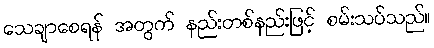
သေချာစေရန် အတွက် နည်းတစ်နည်းဖြင့် စမ်းသပ်သည်။